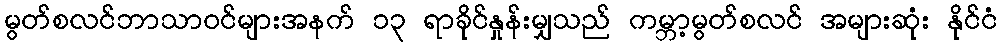
မွတ်စလင်ဘာသာဝင်များအနက် ၁၃ ရာခိုင်နှုန်းမျှသည် ကမ္ဘာ့မွတ်စလင် အများဆုံး နိုင်ငံ